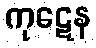
ကုဋေန